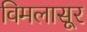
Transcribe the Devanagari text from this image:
विमलासूर